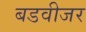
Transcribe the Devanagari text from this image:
बडवीजर